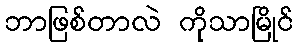
ဘာဖြစ်တာလဲ ကိုသာမြိုင်